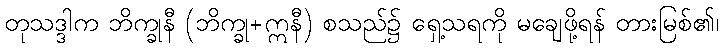
တုသဒ္ဒါက ဘိက္ခုနီ (ဘိက္ခု+ဣနီ) စသည်၌ ရှေ့သရကို မချေဖို့ရန် တားမြစ်၏၊